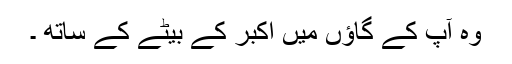
وہ آپ کے گاﺅں میں اکبر کے بیٹے کے ساتھ ۔